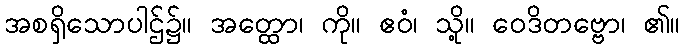
အစရှိသောပါဌ်၌။ အတ္ထော၊ ကို။ ဧဝံ၊ သို့။ ဝေဒိတဗ္ဗော၊ ၏။